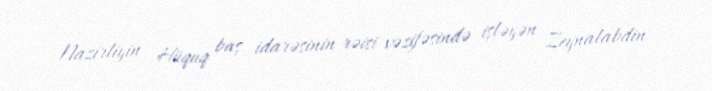
Nazirliyin Hüquq baş idarəsinin rəisi vəzifəsində işləyən Zeynalabdin